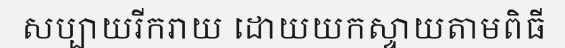
សប្បាយរីករាយ ដោយយកស្ទាយតាមពិធី